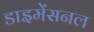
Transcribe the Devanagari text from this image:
डाइमेंसनल